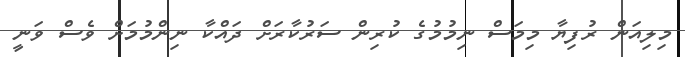
މިލިއަން ރުފިޔާ މިމަސް ނިމުމުގެ ކުރިން ސަރުކާރަށް ދައްކާ ނިންމުމަށް ވެސް ވަނީ